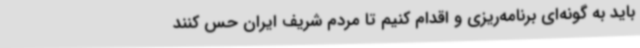
باید به گونه‌ای برنامه‌ریزی و اقدام کنیم تا مردم شریف ایران حس کنند